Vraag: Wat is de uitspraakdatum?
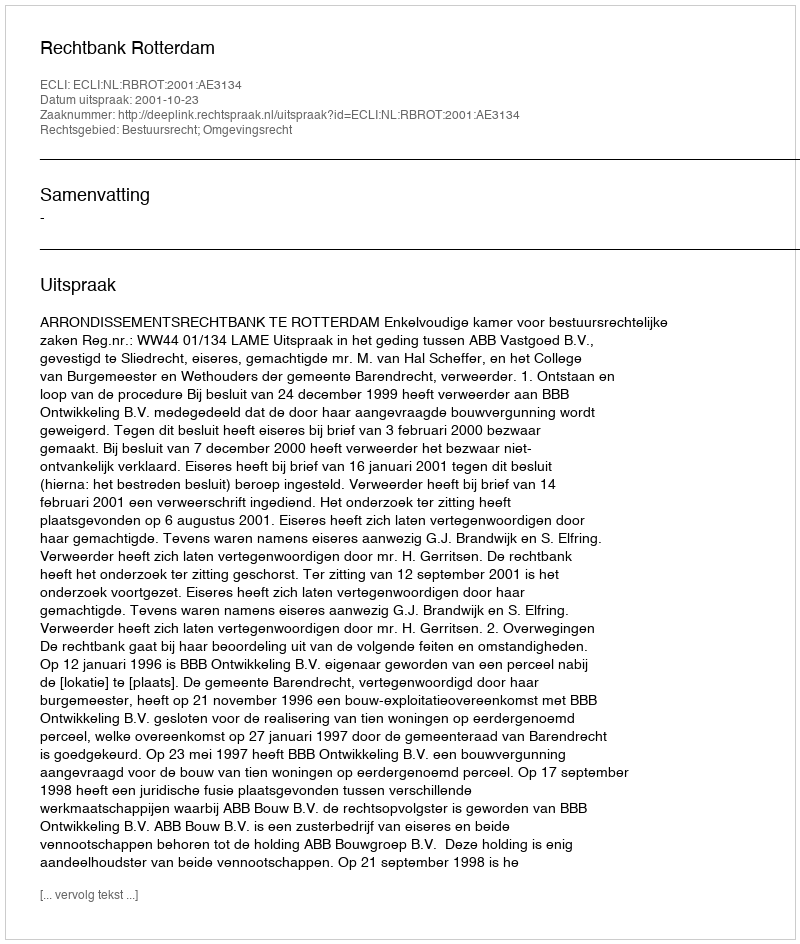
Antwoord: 2001-10-23